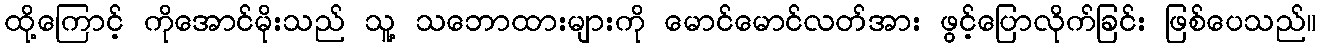
ထို့ကြောင့် ကိုအောင်မိုးသည် သူ့ သဘောထားများကို မောင်မောင်လတ်အား ဖွင့်ပြောလိုက်ခြင်း ဖြစ်ပေသည်။